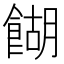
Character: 餬